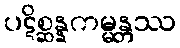
ပဋိစ္ဆန္နကမ္မန္တဿ